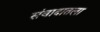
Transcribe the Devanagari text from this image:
संवादातला